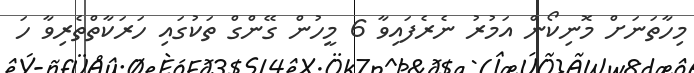
މިހާތަނަށް މޮނިކޯން އަމުރު ނެރެފައިވާ 6 މީހުން ގޭންގް ތަކުގައި ހަރަކާތްތެރިވާ ހަ